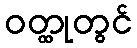
ဝတ္ထုတွင်